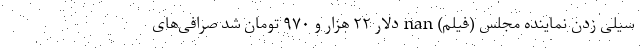
سیلی زدن نماینده مجلس (فیلم) nan دلار ۲۲ هزار و ۹۷۰ تومان شد صرافی‌های